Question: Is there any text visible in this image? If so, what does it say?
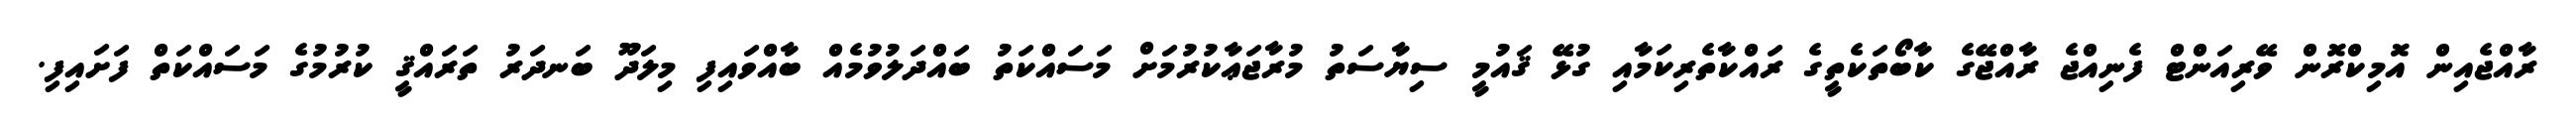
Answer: ރާއްޖެއިން އޮމިކްރޮން ވޭރިއަންޓް ފެނިއްޖެ ރާއްޖޭގެ ކާބޯތަކެތީގެ ރައްކާތެރިކަމާއި ގުޅޭ ޤައުމީ ސިޔާސަތު މުރާޖަޢާކުރުމަށް މަސައްކަތު ބައްދަލުވުމެއް ބާއްވައިފި މިލަދޫ ބަނދަރު ތަރައްޤީ ކުރުމުގެ މަސައްކަތް ފަށައިފި.